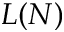
L ( N )